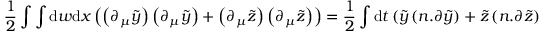
\frac { 1 } { 2 } \int \int \mathrm { d } w \mathrm { d } x \left( \left( \partial _ { \mu } \tilde { y } \right) \left( \partial _ { \mu } \tilde { y } \right) + \left( \partial _ { \mu } \tilde { z } \right) \left( \partial _ { \mu } \tilde { z } \right) \right) = \frac { 1 } { 2 } \int \mathrm { d } t \left( \tilde { y } \left( n . \partial \tilde { y } \right) + \tilde { z } \left( n . \partial \tilde { z } \right) \right)